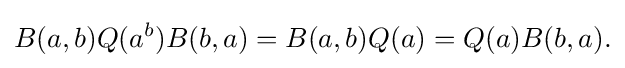
\displaystyle {B(a,b)Q(a^{b})B(b,a)=B(a,b)Q(a)=Q(a)B(b,a).}